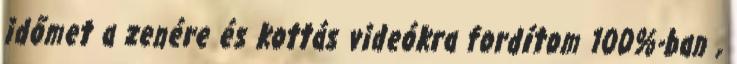
időmet a zenére és kottás videókra fordítom 100%-ban ,